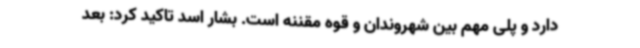
دارد و پلی مهم بین شهروندان و قوه مقننه است. بشار اسد تاکید کرد: بعد